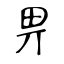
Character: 畀